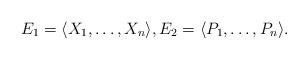
LaTeX: \begin{gather*}E_1 = \langle X_1, \dots, X_n\rangle, E_2 = \langle P_1, \dots, P_n\rangle.\end{gather*}